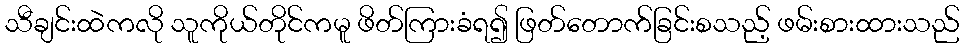
သီချင်းထဲကလို သူကိုယ်တိုင်ကမူ ဖိတ်ကြားခံရ၍ ဖြတ်တောက်ခြင်းစသည့် ဖမ်းစားထားသည်